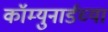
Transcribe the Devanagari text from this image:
कॉम्युनार्डच्या